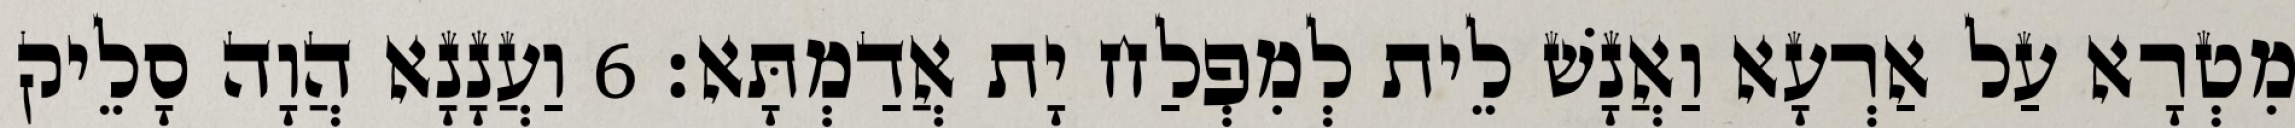
מִטְרָא עַל אַרְעָא וַאֲנָשׁ לֵית לְמִפְלַח יָת אֲדַמְתָּא׃ 6 וַעֲנָנָא הֲוָה סָלֵיק